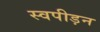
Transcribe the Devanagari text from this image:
स्वपीड़न